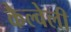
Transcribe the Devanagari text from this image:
कैल्वेली